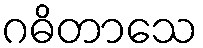
ဂဓိတာသေ